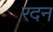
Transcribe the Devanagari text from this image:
रदन